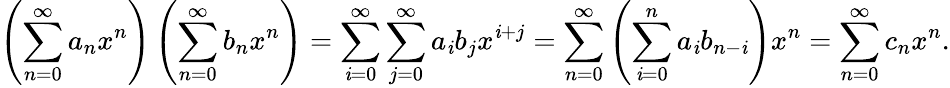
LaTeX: \left(\sum_{n=0}^{\infty}a_{n}x^{n}\right)\left(\sum_{n=0}^{\infty}b_{n}x^{n}\right)=\sum_{\mathit{i}=0}^{\infty}\sum_{j=0}^{\infty}a_{\mathit{i}}b_{j}x^{\mathit{i}+j}=\sum_{n=0}^{\infty}\left(\sum_{\mathit{i}=0}^{n}a_{\mathit{i}}b_{n-\mathit{i}}\right)x^{n}=\sum_{n=0}^{\infty}c_{n}x^{n}.